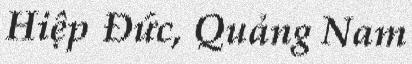
Hiệp Đức, Quảng Nam